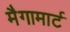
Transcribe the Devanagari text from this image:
मैगामार्ट